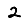
Digit: 2